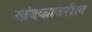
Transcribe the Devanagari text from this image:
खंदकावरील